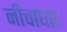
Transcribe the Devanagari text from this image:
नीचाघाट